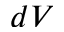
d V